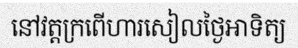
នៅវត្តក្រពើហារសៀលថ្ងៃអាទិត្យ